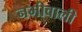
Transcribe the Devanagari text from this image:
नमीवाली